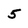
Character: 5